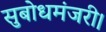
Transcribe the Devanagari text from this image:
सुबोधमंजरी।